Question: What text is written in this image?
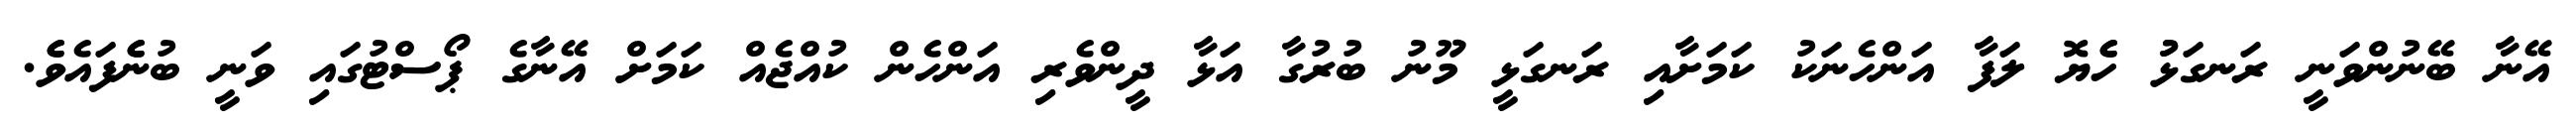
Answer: އޭނާ ބޭނުންވަނީ ރަނގަޅުު ހެެޔޮ ލަފާ އަންހެނަކު ކަމަށާއި ރަނގަޅީ މޫނު ބުރުގާ އަޅާ ދީންވެރި އަންހެން ކުއްޖެއް ކަމަށް އޭނާގެ ޕޯސްޓުގައި ވަނީ ބުނެެފައެވެެ.